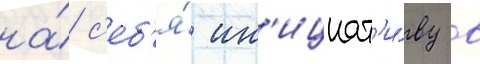
на́ с'еб'я́ ин'ициат'и́ву в